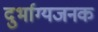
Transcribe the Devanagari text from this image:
दुर्भाग्यजनक